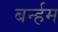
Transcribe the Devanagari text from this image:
बर्न्हम